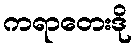
ကရာတေးဒို